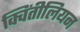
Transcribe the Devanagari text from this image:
क्विंतीलियन